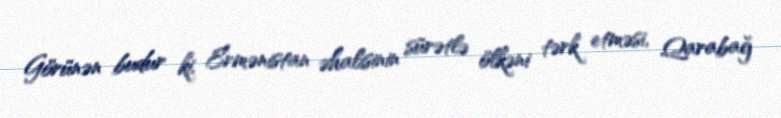
Görünən budur ki, Ermənistan əhalisinin sürətlə ölkəni tərk etməsi, Qarabağ